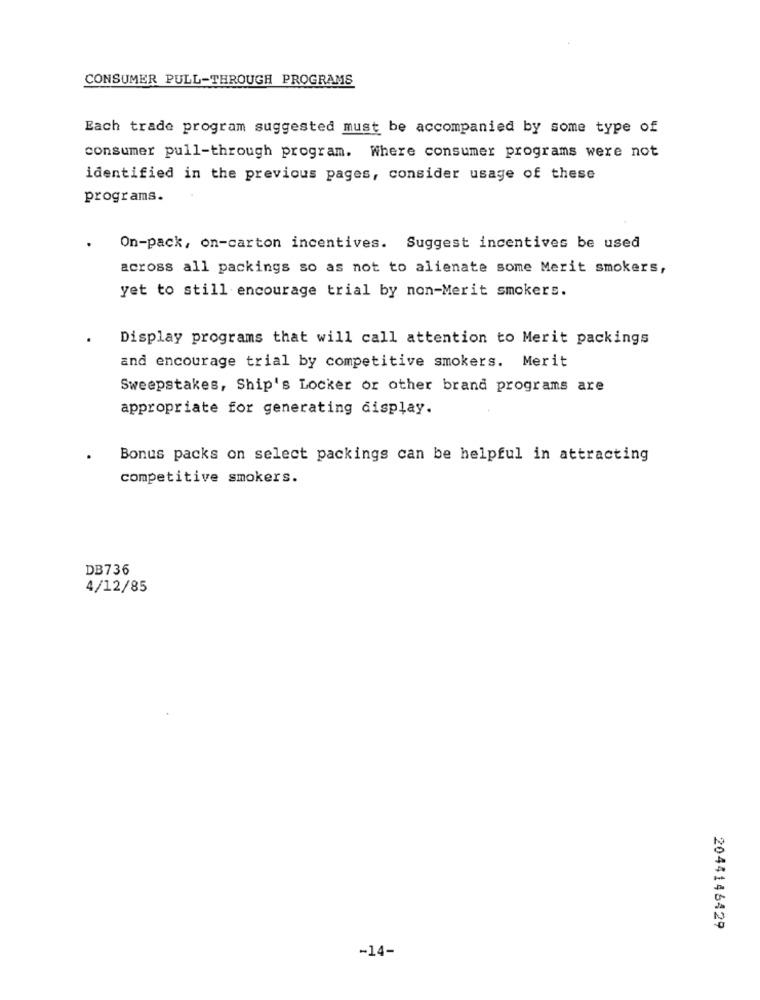
CONSUMER PULL-THROUGH PROGRAMS
Each trade program suggested must be accompanied by some type of
consumer pull-through program. Where consumer programs were not
identified in the previous pages, consider usage of these
programs.
On-pack, on-carton incentives. Suggest incentives be used
across all packings so as not to alienate some Merit smokers,
yet to still encourage trial by non-Merit smokers.
Display programs that will call attention to Merit packings
and encourage trial by competitive smokers. Merit
Sweepstakes, Ship's Locker or other brand programs are
appropriate for generating display.
Bonus packs on select packings can be helpful in attracting
competitive smokers.
DB736
4/12/85
2044146429
-14-